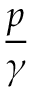
\frac { p } { \gamma }